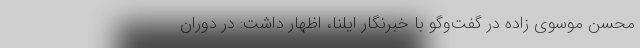
محسن موسوی زاده در گفت‌وگو با خبرنگار ایلنا، اظهار داشت: در دوران